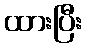
ထားပြီး